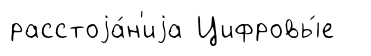
расстоjа́н'иjа Цифровы́е